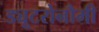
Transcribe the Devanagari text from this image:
ड्यूटरोनौमी